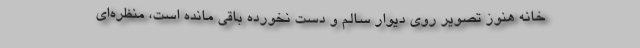
خانه هنوز تصوير روي ديوار سالم و دست نخورده باقي مانده است، منظره‌اي